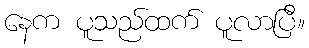
နေက ပူသည်ထက် ပူလာပြီ။